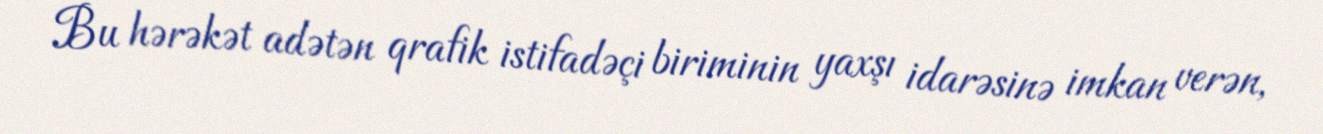
Bu hərəkət adətən qrafik istifadəçi biriminin yaxşı idarəsinə imkan verən,